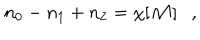
n _ { 0 } - n _ { 1 } + n _ { 2 } = \chi [ { \cal M } ] ,